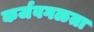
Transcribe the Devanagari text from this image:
कर्जवगळता